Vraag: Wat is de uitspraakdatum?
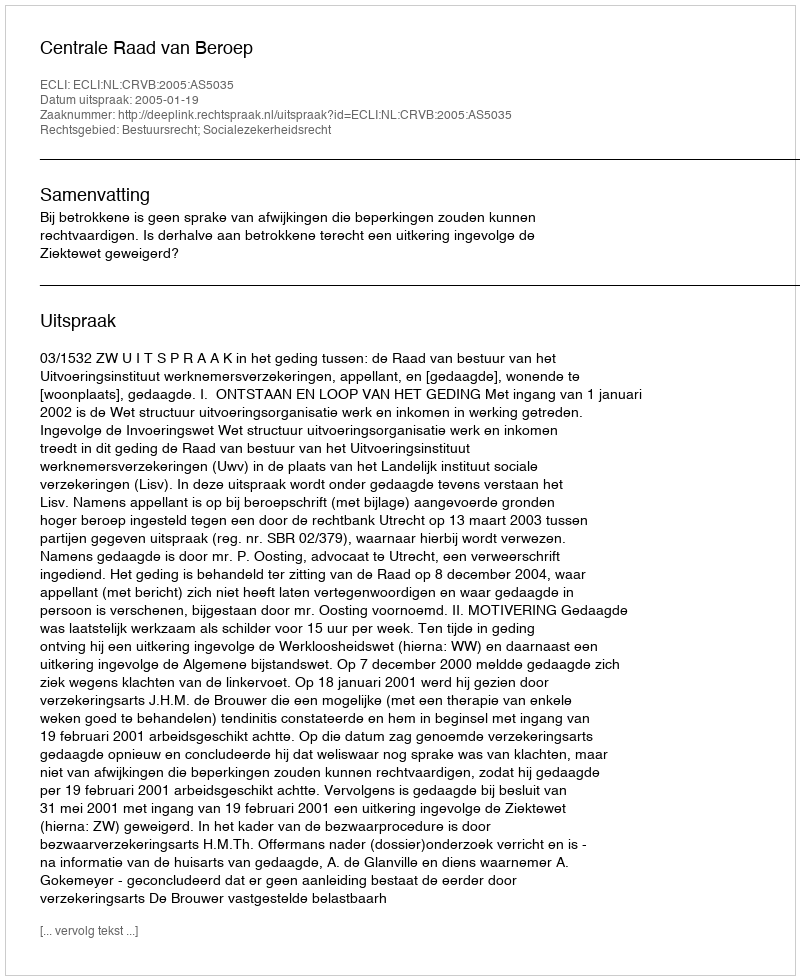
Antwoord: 2005-01-19